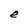
Character: e